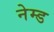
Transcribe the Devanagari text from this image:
नेम्‍ड